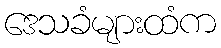
ဒေသခံများထံက